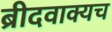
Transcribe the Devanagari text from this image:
ब्रीदवाक्यच